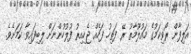
އަލިފާން ރޯވިކަމުގެ މައުލޫމާތު ރޭ ފަތިހު ފަހެއް ޖެހިއިރު ފުލުހުންނަށް ލިބިފައިވާ ކަމަށެވެ.